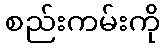
စည်းကမ်းကို